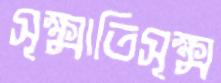
সূক্ষ্মাতিসূক্ষ্ম